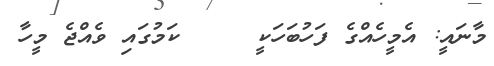
މާނައީ: އެމީހެއްގެ ފަހުބަހަކީ     ކަމުގައި ވެއްޖެ މީހާ